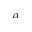
\alpha